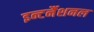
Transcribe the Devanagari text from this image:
इन्टर्नैशनल